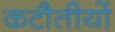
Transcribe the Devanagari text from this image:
कटौतीयों